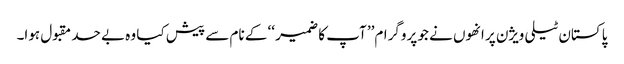
پاکستان ٹیلی ویژن پر انھوں نے جو پروگرام’’ آپ کا ضمیر ‘‘ کے نام سے پیش کیا وہ بے حد مقبول ہوا۔